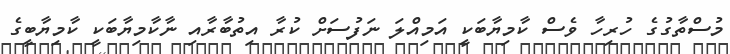
މުސްތާގުގެ ހުރިހާ ވެސް ކާމިޔާބަކީ އަމިއްލަ ނަފުސަށް ކުރާ އިތުބާރާއި ނާކާމިޔާބަކީ ކާމިޔާބީގެ